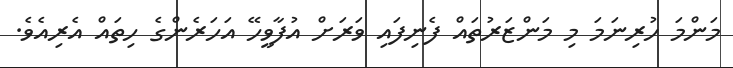
މަންމަ ހުރިނަމަ މި މަންޒަރުތައް ފެނިފައި ވަރަށް އުފާވީހޭ އަހަރެންގެ ހިތައް އެރިއެވެ.